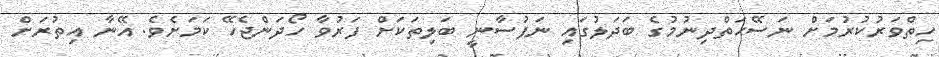
ހިތްވަރުކުރުމަށް ނަސޭޙަތްދިނުމުގެ ބަދަލުގައި ނަފުސާނީ ބަލިތަކަށް ފަރުވާ ހޯދަންޖެހޭ ކަމަށެވެ. އޭނާ އިތުރަށް